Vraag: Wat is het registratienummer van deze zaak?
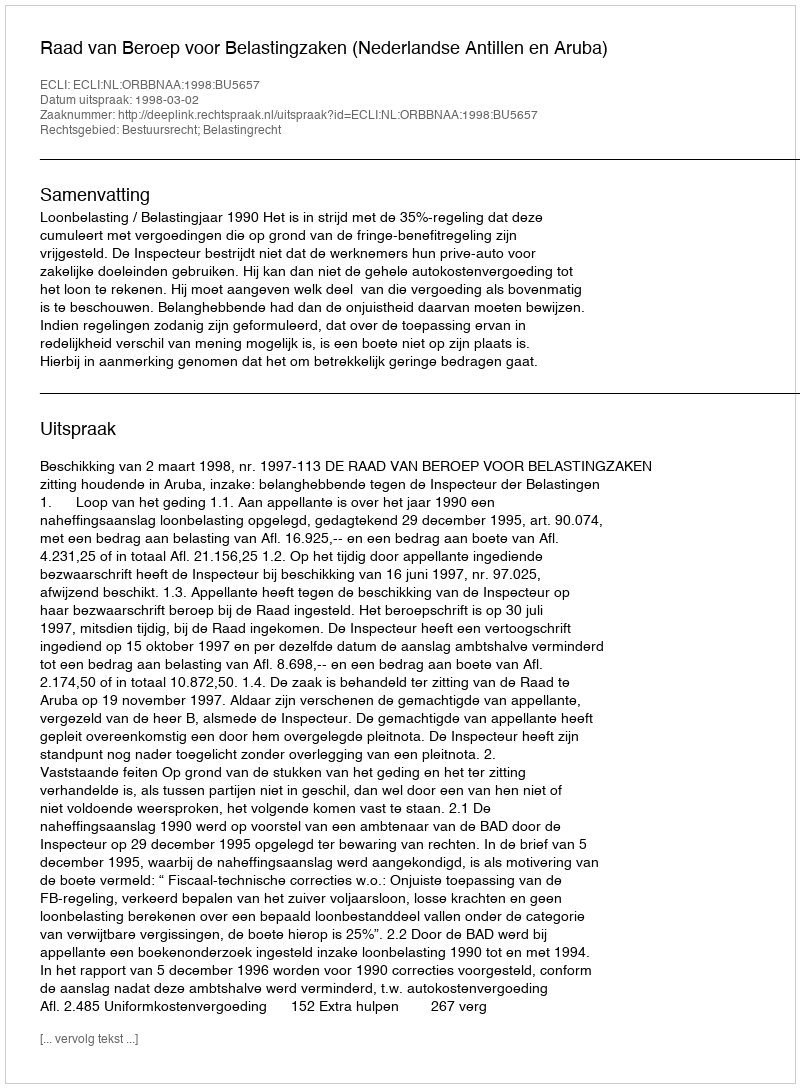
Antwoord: http://deeplink.rechtspraak.nl/uitspraak?id=ECLI:NL:ORBBNAA:1998:BU5657